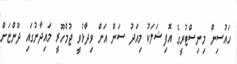
ހައުސިން މިނިސްޓުރީގެ އޮފިޝަލަކު މިއަދު ސަން އަށް ވިދާޅުވީ ޖުމްހޫރީ މައިދާނުގައި ދޫންޏަށް